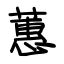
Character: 蕙